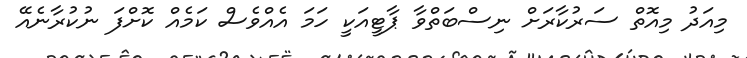
މިއަދު މިއޮތް ސަރުކާރަށް ނިސްބަތްވާ ޕާޓީއަކީ ހަމަ އެއްވެސް ކަމެއް ކޮށްފަ ނުކުރާނެއޭ